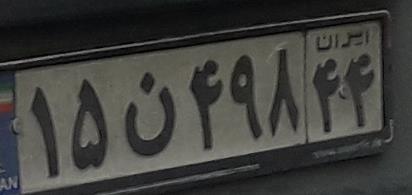
۱۵ن۴۹۸۴۴